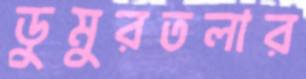
ডুমুরতলার